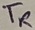
Text: TR